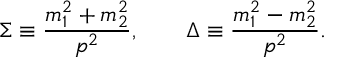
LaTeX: \Sigma \equiv \frac { m _ { 1 } ^ { 2 } + m _ { 2 } ^ { 2 } } { p ^ { 2 } } , \qquad \Delta \equiv \frac { m _ { 1 } ^ { 2 } - m _ { 2 } ^ { 2 } } { p ^ { 2 } } .